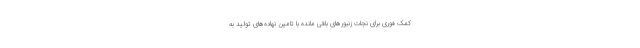
کمک فوری برای نجات زنبورهای باقی مانده با تامین نهاده‌های تولید به